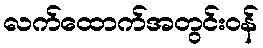
လက်ထောက်အတွင်းဝန်